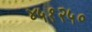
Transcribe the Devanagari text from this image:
४५१२५०